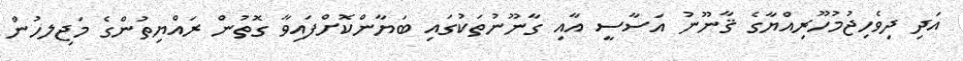
އަދި ދިވެހިޖުމުހޫރިއްޔާގެ ޤާނޫނު އަސާސީ އާއި ގާނޫނުތަކުގައި ބަޔާންކޮށްފައިވާ ގޮތުން ރައްޔިތުންގެ މަޖިލހުން